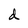
Character: d